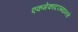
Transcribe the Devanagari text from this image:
एकमेकांदरम्यानचे